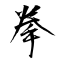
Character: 拳